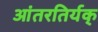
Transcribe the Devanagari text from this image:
आंतरतिर्यक्‌